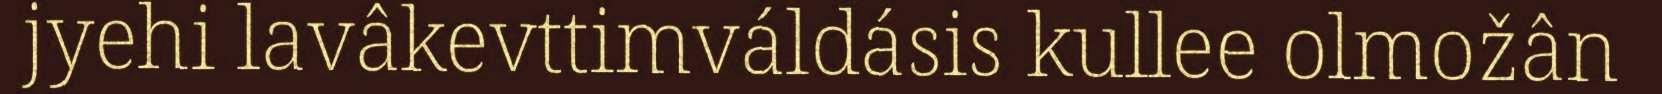
jyehi lavâkevttimváldásis kullee olmožân